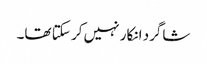
شاگرد انکار نہیں کر سکتا تھا۔